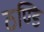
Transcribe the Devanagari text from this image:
ठण्डि